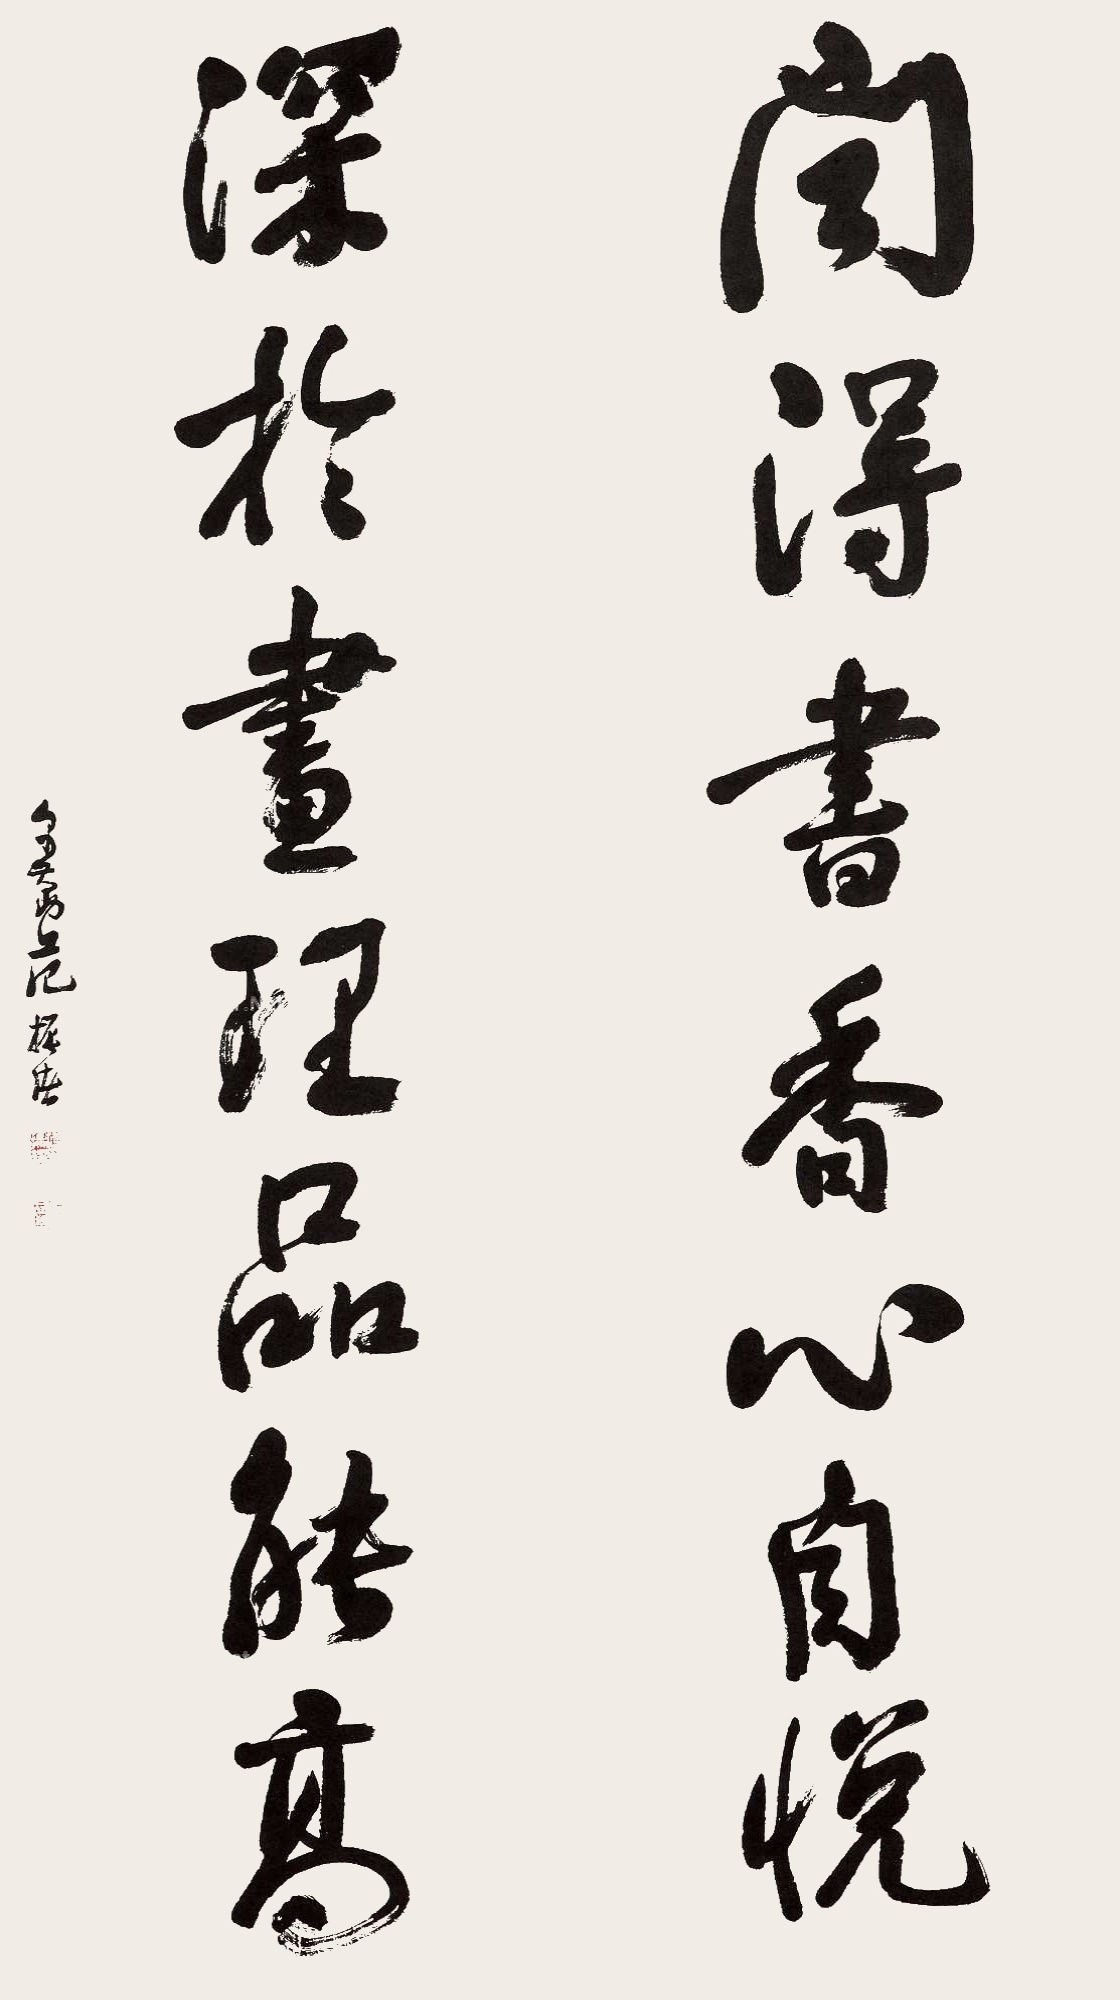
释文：闻得书香心自悦，深于画理品能高。禹勤范振绪。